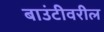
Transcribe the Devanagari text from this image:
बाउंटीवरील